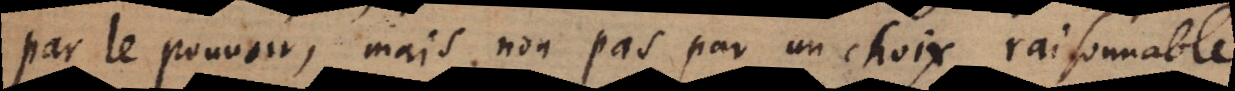
par le pouvoir, mais non pas par un choix raisonnabl